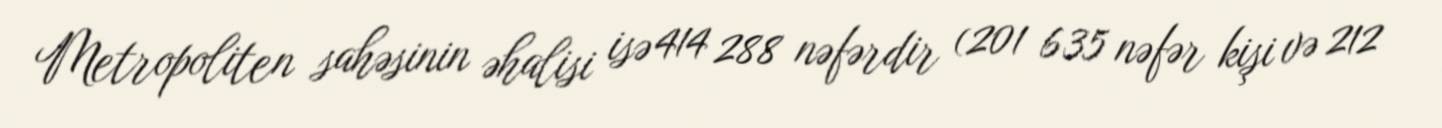
Metropoliten sahəsinin əhalisi isə 414 288 nəfərdir (201 635 nəfər kişi və 212